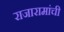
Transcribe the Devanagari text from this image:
राजारामांची